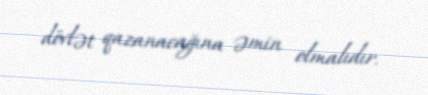
dövlət qazanacağına əmin olmalıdır.